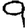
Digit: 9